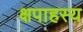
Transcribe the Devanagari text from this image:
क्षपाहस्य